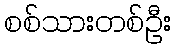
စစ်သားတစ်ဦး